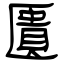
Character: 匱